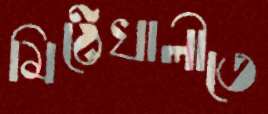
মিঠেখালীতে